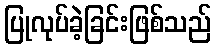
ပြုလုပ်ခဲ့ခြင်းဖြစ်သည်